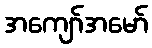
အကျော်အမော်